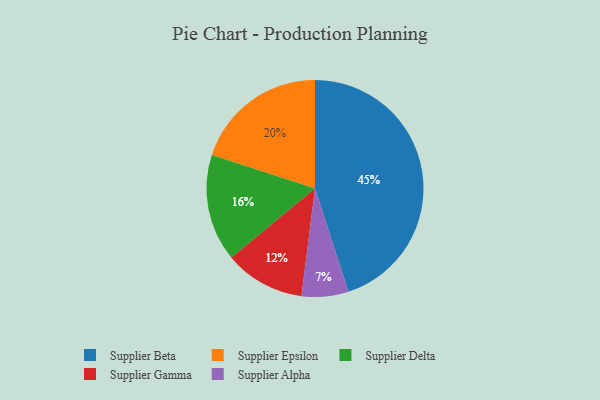
{"axis": {"x": "Category", "y": "Percentage"}, "legend": ["Supplier Alpha", "Supplier Beta", "Supplier Delta", "Supplier Epsilon", "Supplier Gamma"], "data": [{"x": "Supplier Epsilon", "y": 20, "type": "Supplier Epsilon"}, {"x": "Supplier Delta", "y": 16, "type": "Supplier Delta"}, {"x": "Supplier Alpha", "y": 7, "type": "Supplier Alpha"}, {"x": "Supplier Beta", "y": 45, "type": "Supplier Beta"}, {"x": "Supplier Gamma", "y": 12, "type": "Supplier Gamma"}]}